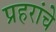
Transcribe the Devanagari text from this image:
प्रहरांचे